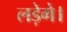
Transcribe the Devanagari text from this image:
लड़ेगे।